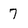
Character: 7